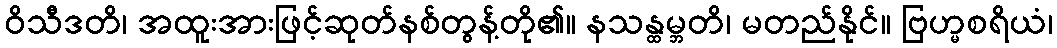
ဝိသီဒတိ၊ အထူးအားဖြင့်ဆုတ်နစ်တွန့်တို၏။ နသန္ထမ္ဘတိ၊ မတည်နိုင်။ ဗြဟ္မစရိယံ၊